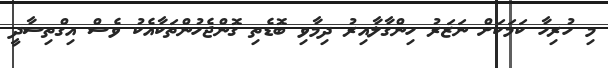
މި ހުރިހާ ކަމަކަށް ނަޒަރު ހިންގާލާއިރު ދިމާވި ބޮޑެތި ގޮންޖެހުންތަކާއެކު ވެސް އިގްތިސާދީ